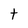
Character: t